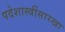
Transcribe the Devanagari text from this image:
पदेशास्त्रींसारखा